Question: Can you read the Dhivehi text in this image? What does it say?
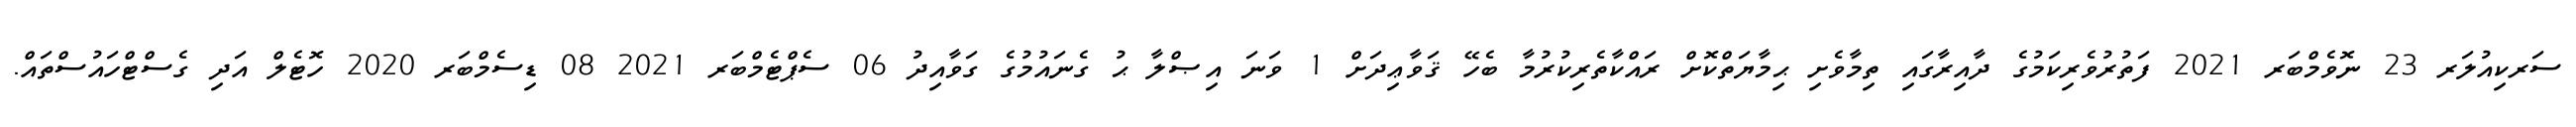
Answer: ސަރކިއުލަރ 23 ނޮވެމްބަރ 2021 ފަތުރުވެރިކަމުގެ ދާއިރާގައި ތިމާވެށި ޙިމާޔަތްކޮށް ރައްކާތެރިކުރުމާ ބެހޭ ޤަވާޢިދަށް 1 ވަނަ އިޞްލާ ޙު ގެނައުމުގެ ގަވާއިދު 06 ސެޕްޓެމްބަރ 2021 08 ޑިސެމްބަރ 2020 ހޮޓެލް އަދި ގެސްޓްހައުސްތައް.